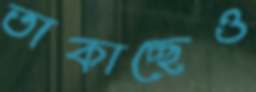
তাকাচ্ছেও